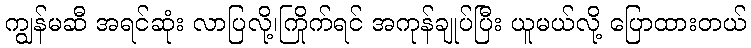
ကျွန်မဆီ အရင်ဆုံး လာပြလို့၊ကြိုက်ရင် အကုန်ချုပ်ပြီး ယူမယ်လို့ ပြောထားတယ်